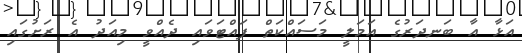
އަޅާ އާ ބަނދަރުގެ އަމަލީ މަސައްކަތް ފައްޓަވައި ދެއްވީ މިއަދު އެ ރަށުގައި